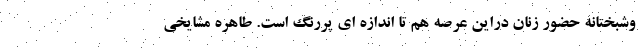
وشبختانه حضور زنان دراین عرصه هم تا اندازه ای پررنگ است. طاهره مشایخی